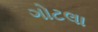
ગોટલા